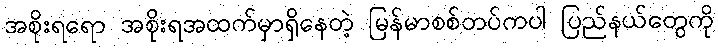
အစိုးရရော အစိုးရအထက်မှာရှိနေတဲ့ မြန်မာစစ်တပ်ကပါ ပြည်နယ်တွေကို